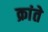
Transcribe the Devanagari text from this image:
क्रांते